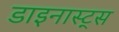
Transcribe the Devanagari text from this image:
डाइनास्ट्स